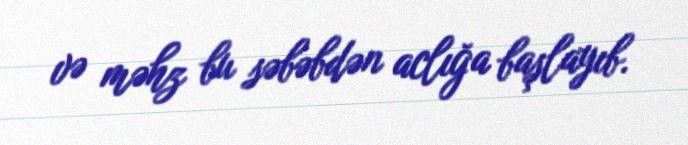
və məhz bu səbəbdən aclığa başlayıb.